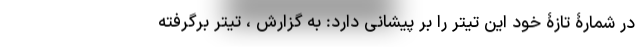
در شمارۀ تازۀ خود این تیتر را بر پیشانی دارد: به گزارش ، تیتر برگرفته